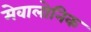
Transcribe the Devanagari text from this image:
मेवालोनिक